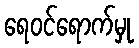
ရေဝင်ရောက်မှု